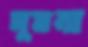
দুমনা